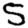
Digit: 5